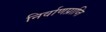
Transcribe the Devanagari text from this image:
निर्वाणप्राप्ति